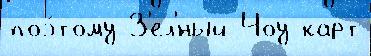
поэ́тому З'ел'́ный Чоу карт